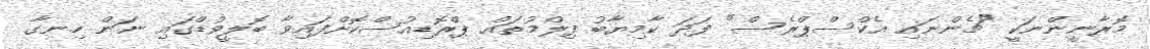
މޮރާނީންނަކީ "ޗެންނައި އެކްސްޕްރެސް" ފަދަ ކާމިޔާބު ފިލްމުތައް ޕްރޮޑިއުސްކޮށްފައިވާ ބޮލީވުޑްގައި ނަން ހިނގާ